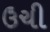
ઉચી